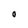
Character: O